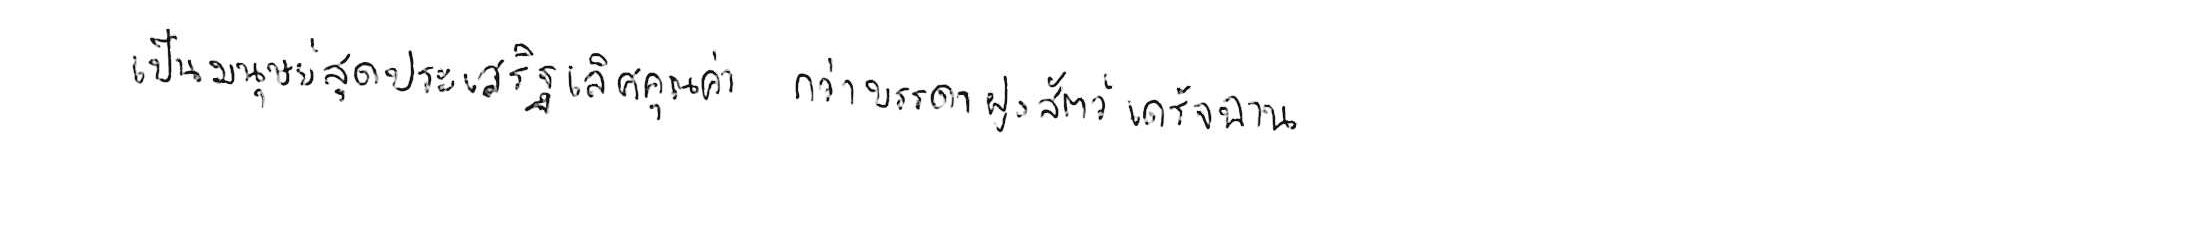
เป็นมนุษย์สุดประเสริฐเลิศคุณค่า กว่าบรรดาฝูงสัตว์เดรัจฉาน